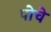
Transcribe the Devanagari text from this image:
पोचे